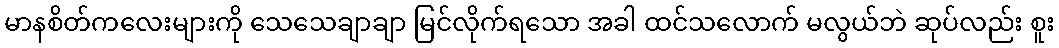
မာနစိတ်ကလေးများကို သေသေချာချာ မြင်လိုက်ရသော အခါ ထင်သလောက် မလွယ်ဘဲ ဆုပ်လည်း စူး